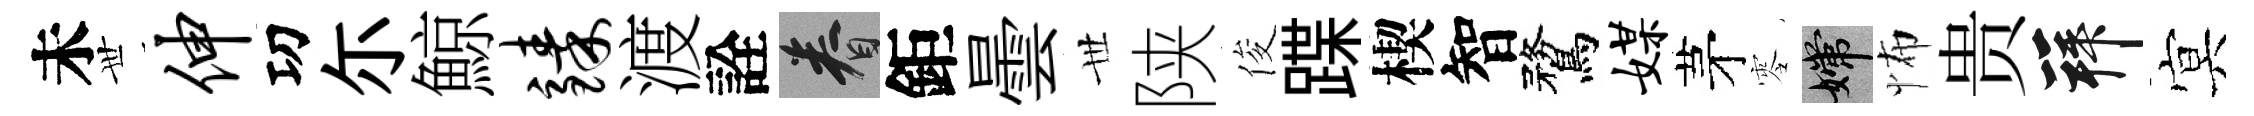
未𠀍伸㓛尓鯨臻渡詮眷鉅曇𠀍陕俊蹀楔智鶩媒茅零嫦怖贵拜㝠